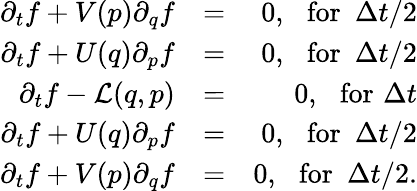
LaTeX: \begin{array}{rlr}{{\partial_{t}f}+V(p){\partial_{q}f}}&{=}&{0,\, \, \, \, \mathrm{for}\, \, \, \Delta t/2}\\ {{\partial_{t}f}+U(q){\partial_{p}f}}&{=}&{0,\, \, \, \, \mathrm{for}\, \, \, \Delta t/2}\\ {{\partial_{t}f}-\mathcal{L}(q,p)}&{=}&{0,\, \, \, \, \mathrm{for}\, \, \Delta t}\\ {{\partial_{t}f}+U(q){\partial_{p}f}}&{=}&{0,\, \, \, \, \mathrm{for}\, \, \, \Delta t/2}\\ {{\partial_{t}f}+V(p){\partial_{q}f}}&{=}&{0,\, \, \, \, \mathrm{for}\, \, \, \Delta t/2.}\end{array}